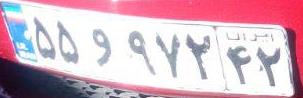
۵۵و۹۷۲۴۲